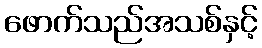
ဖောက်သည်အသစ်နှင့်